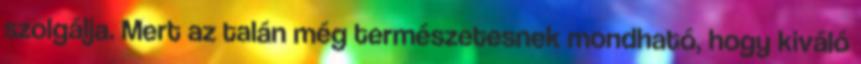
szolgálja. Mert az talán még természetesnek mondható, hogy kiváló